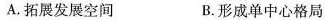
A.拓展发展空间 B.形成单中心格局